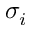
\sigma _ { i }